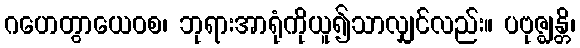
ဂဟေတွာယေဝစ၊ ဘုရားအာရုံကိုယူ၍သာလျှင်လည်း။ ပဗုဇ္ဈန္တိ၊